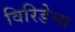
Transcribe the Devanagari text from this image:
विरिडेन्स